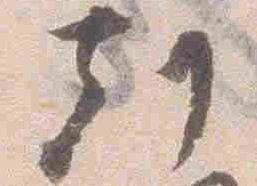
刻